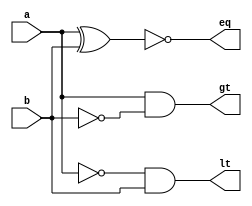
module comp (a,b,gt,eq,lt);
	input a,b;
	output gt,eq,lt;
	
	wire a_bar,b_bar;
	
	/* instance
		comp cm1 (.a(),.b(),.gt(),.eq(),.lt());
	*/
	not n1(a_bar,a);
	not n2(b_bar,b);
	
	and a1(gt,a,b_bar);
	and a2(lt,a_bar,b);
	
	xnor x1(eq,a,b);
	
endmodule